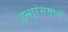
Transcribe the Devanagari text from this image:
इन्शुरंसमध्ये